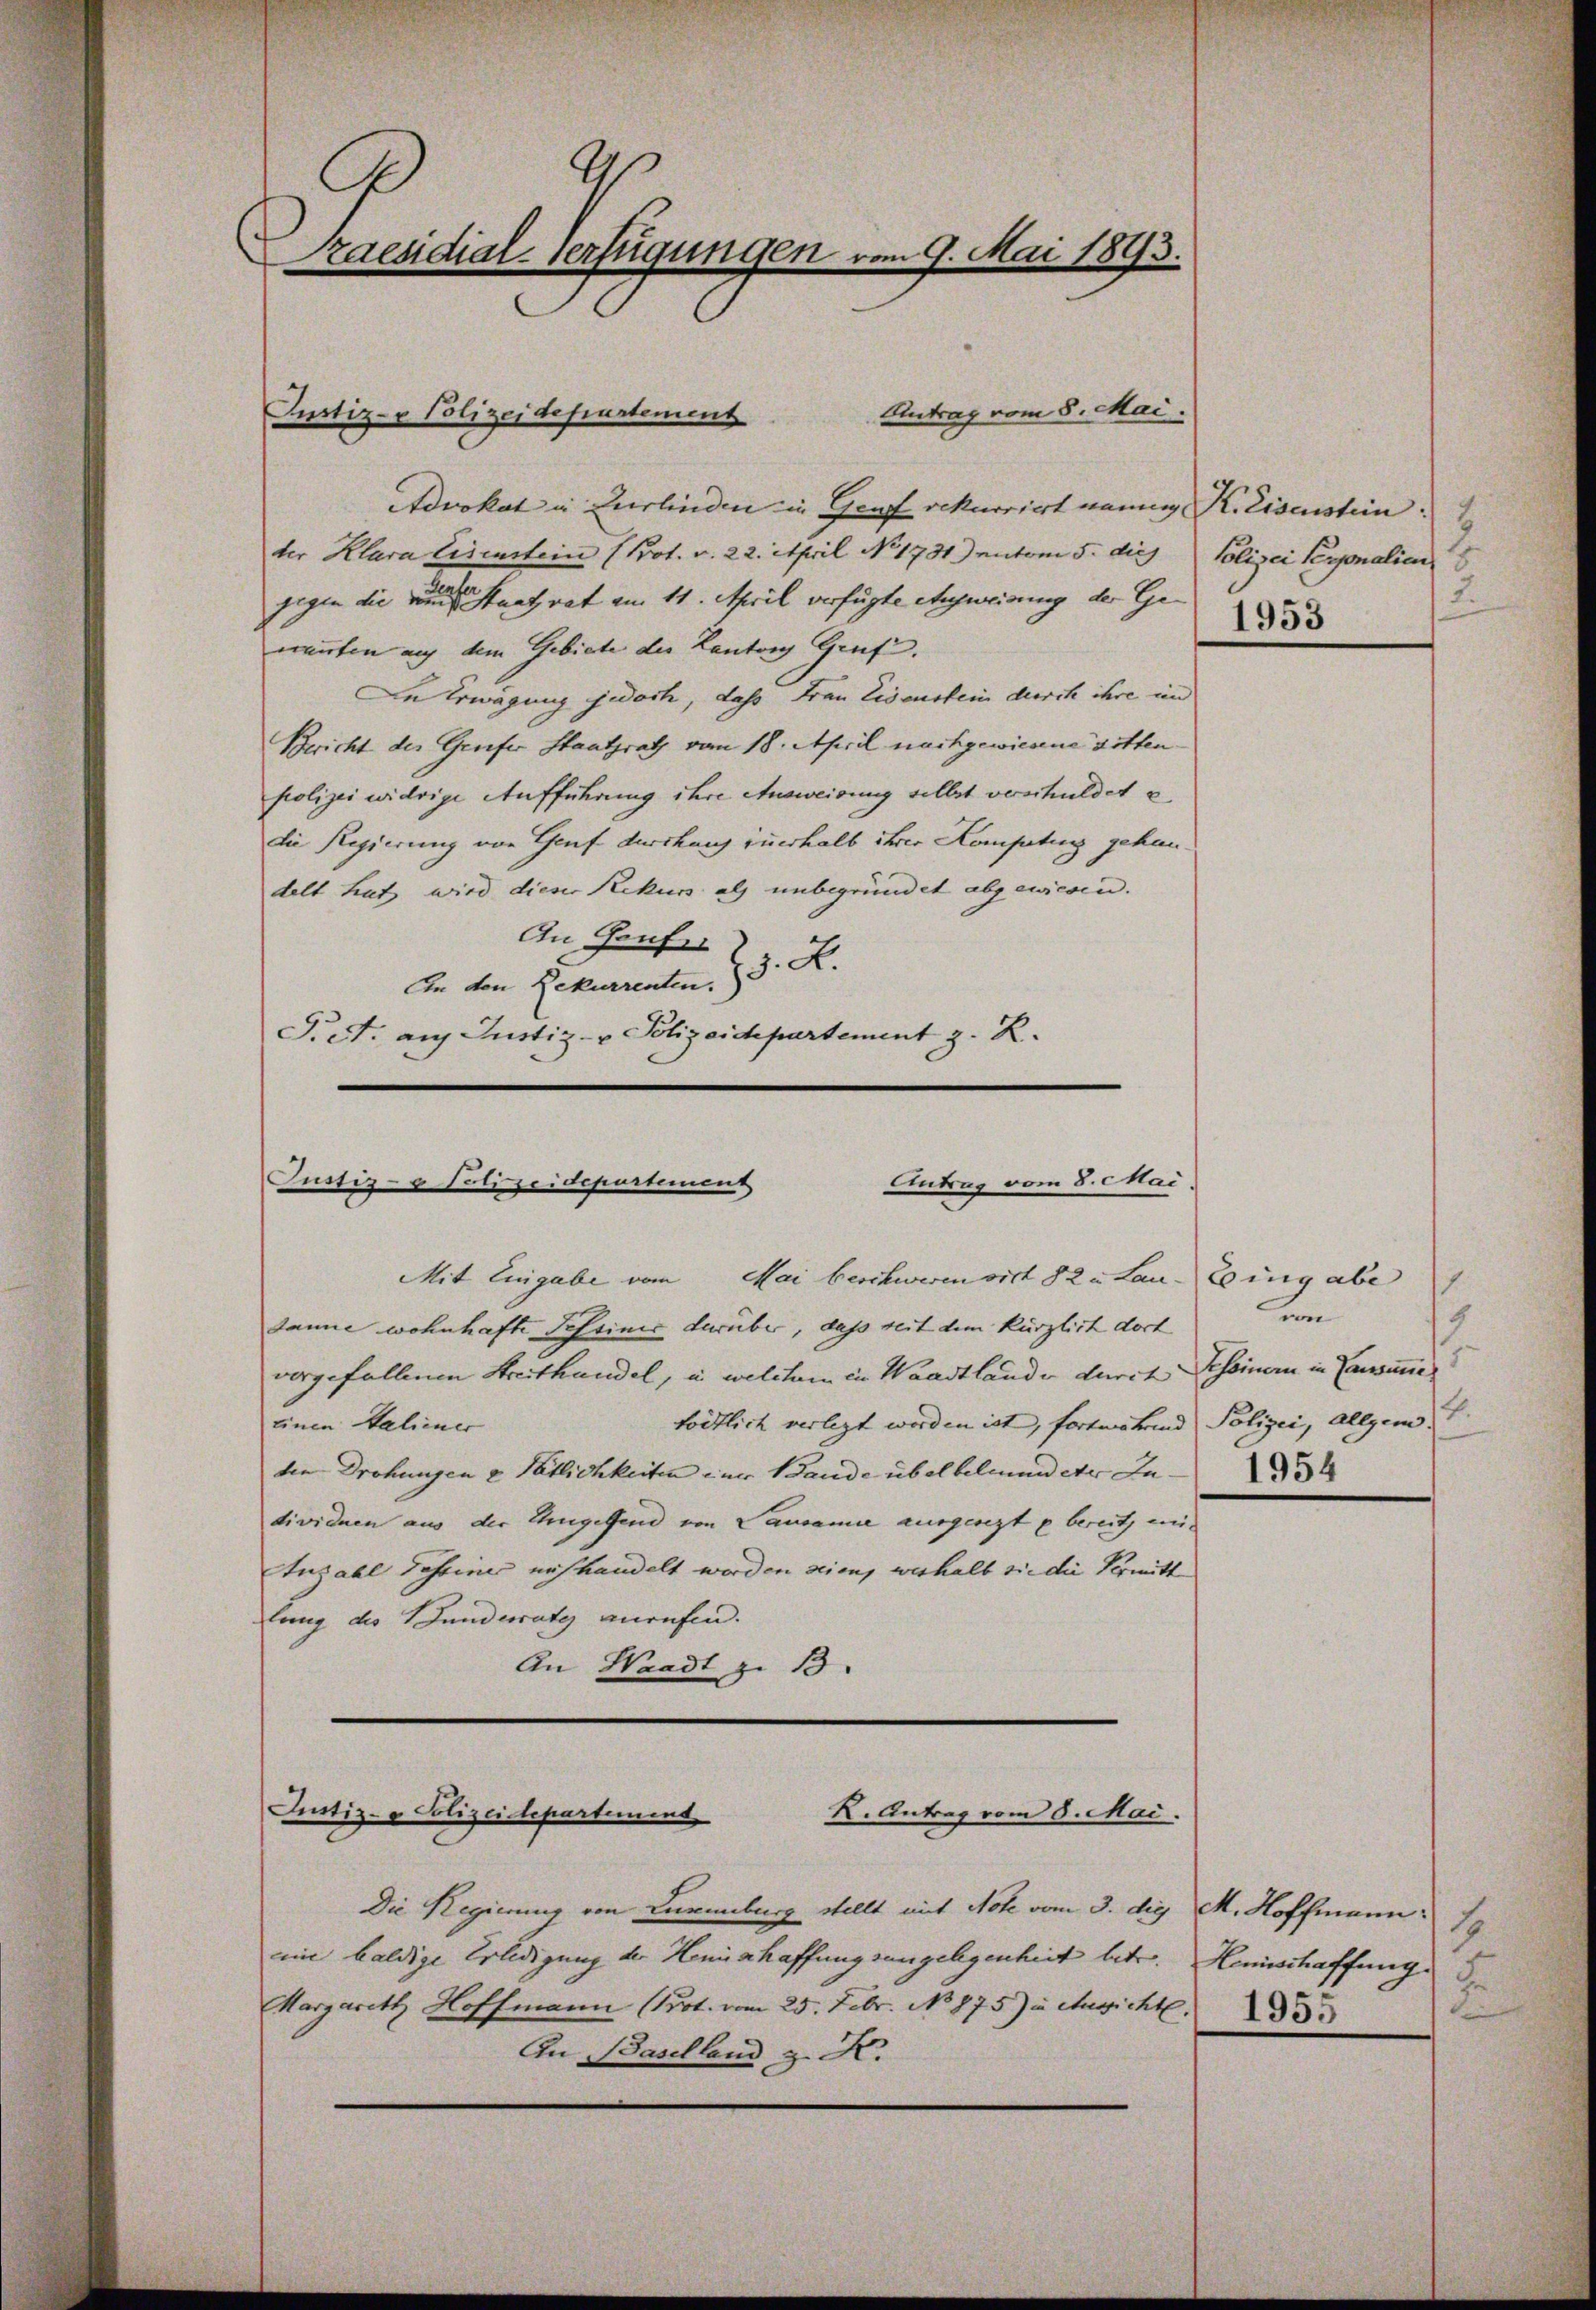
2
Praesidial-Verfügungen vom 9. Mai 1893.

Antrag vom 8. Mai.
Justiz- u Polizeidesurtement

Advokat u. Zurlinden in Graf rekurrirt neun K. Eisenstein:
ter Klara Eisenstein (Prot. v. 22. itpril No 1731) entem 5. die Polizei Personalien
2
gegen die eine Staat rat am 11. April verfügte Ausweisung der Genannten auf dem Gebiete der Kantons Gruf.
In Erwägung jedoch, dass Frau Eisenstein durch ihre und
Bericht der Greifer Staatsrath vom 18. April nachgewiesene Bitten¬
Polizei widrige Aufführung ihre Ausweisung selbst verschuldet e
die Regierung von Genf durchang zuerhalb ihrer Kompetung gehandelt hat wird dieser Rekurs als unbegründet abgewiesen.
An Haufer
J. A.
An den Rekurrenten.)
Pret: auf Justiz- & Polizeich partement z. R.

Antrag vom 8. Mai.
Justiz- & Polizeidepartement
Mit Eingabe vom Mai beschweren virt § 2 u Lau- Eingabe

Itiz- & Polizeidepartement
K. Antrag vom 6. Mai.

danie wohnhafte Tessinis darüber, dass seit dem kürzlich dort
vorgefallenen Streithandel, in welchem in Waadtlander durch Tessinern in Canonie
tödtlich verlegt werden ist, fortwährend Polizei, Allgem
einen Haliener
die Drohungen v Pätlichkeiten einer Bande übel bilmend der Individuen aus der Engelend von Lausanie ausgeregt u bereits ein¬
Aus all daheiner aufhandelt werden seien, weshalb sie die Vermitt
lung des Bunderrate anrufen.
An Waadt zu 13.

Die Regierung von Neuenburg stellt mit Not vom 3. die M. Hoffmann: S
m baldige Erledigung der Hemischaffung sangelegenheit betr. Hemischaffung S.
Margareth Hoffmann (Prot. vom 25. Febr. No 875) in Aussicht 33
An Baselland z. K.

2.
1953

1
von
4
1954